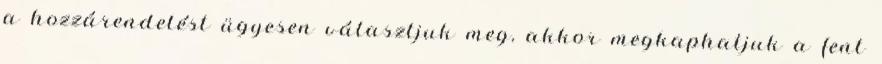
a hozzárendelést ügyesen választjuk meg, akkor megkaphatjuk a fent